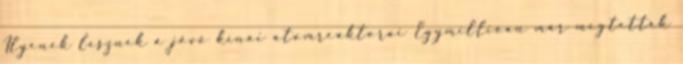
Ilyenek lesznek a jövő kínai atomreaktorai Egymillióan már megtették